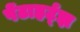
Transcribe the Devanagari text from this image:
पेंटाहर्ट्‌झ